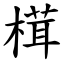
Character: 榵